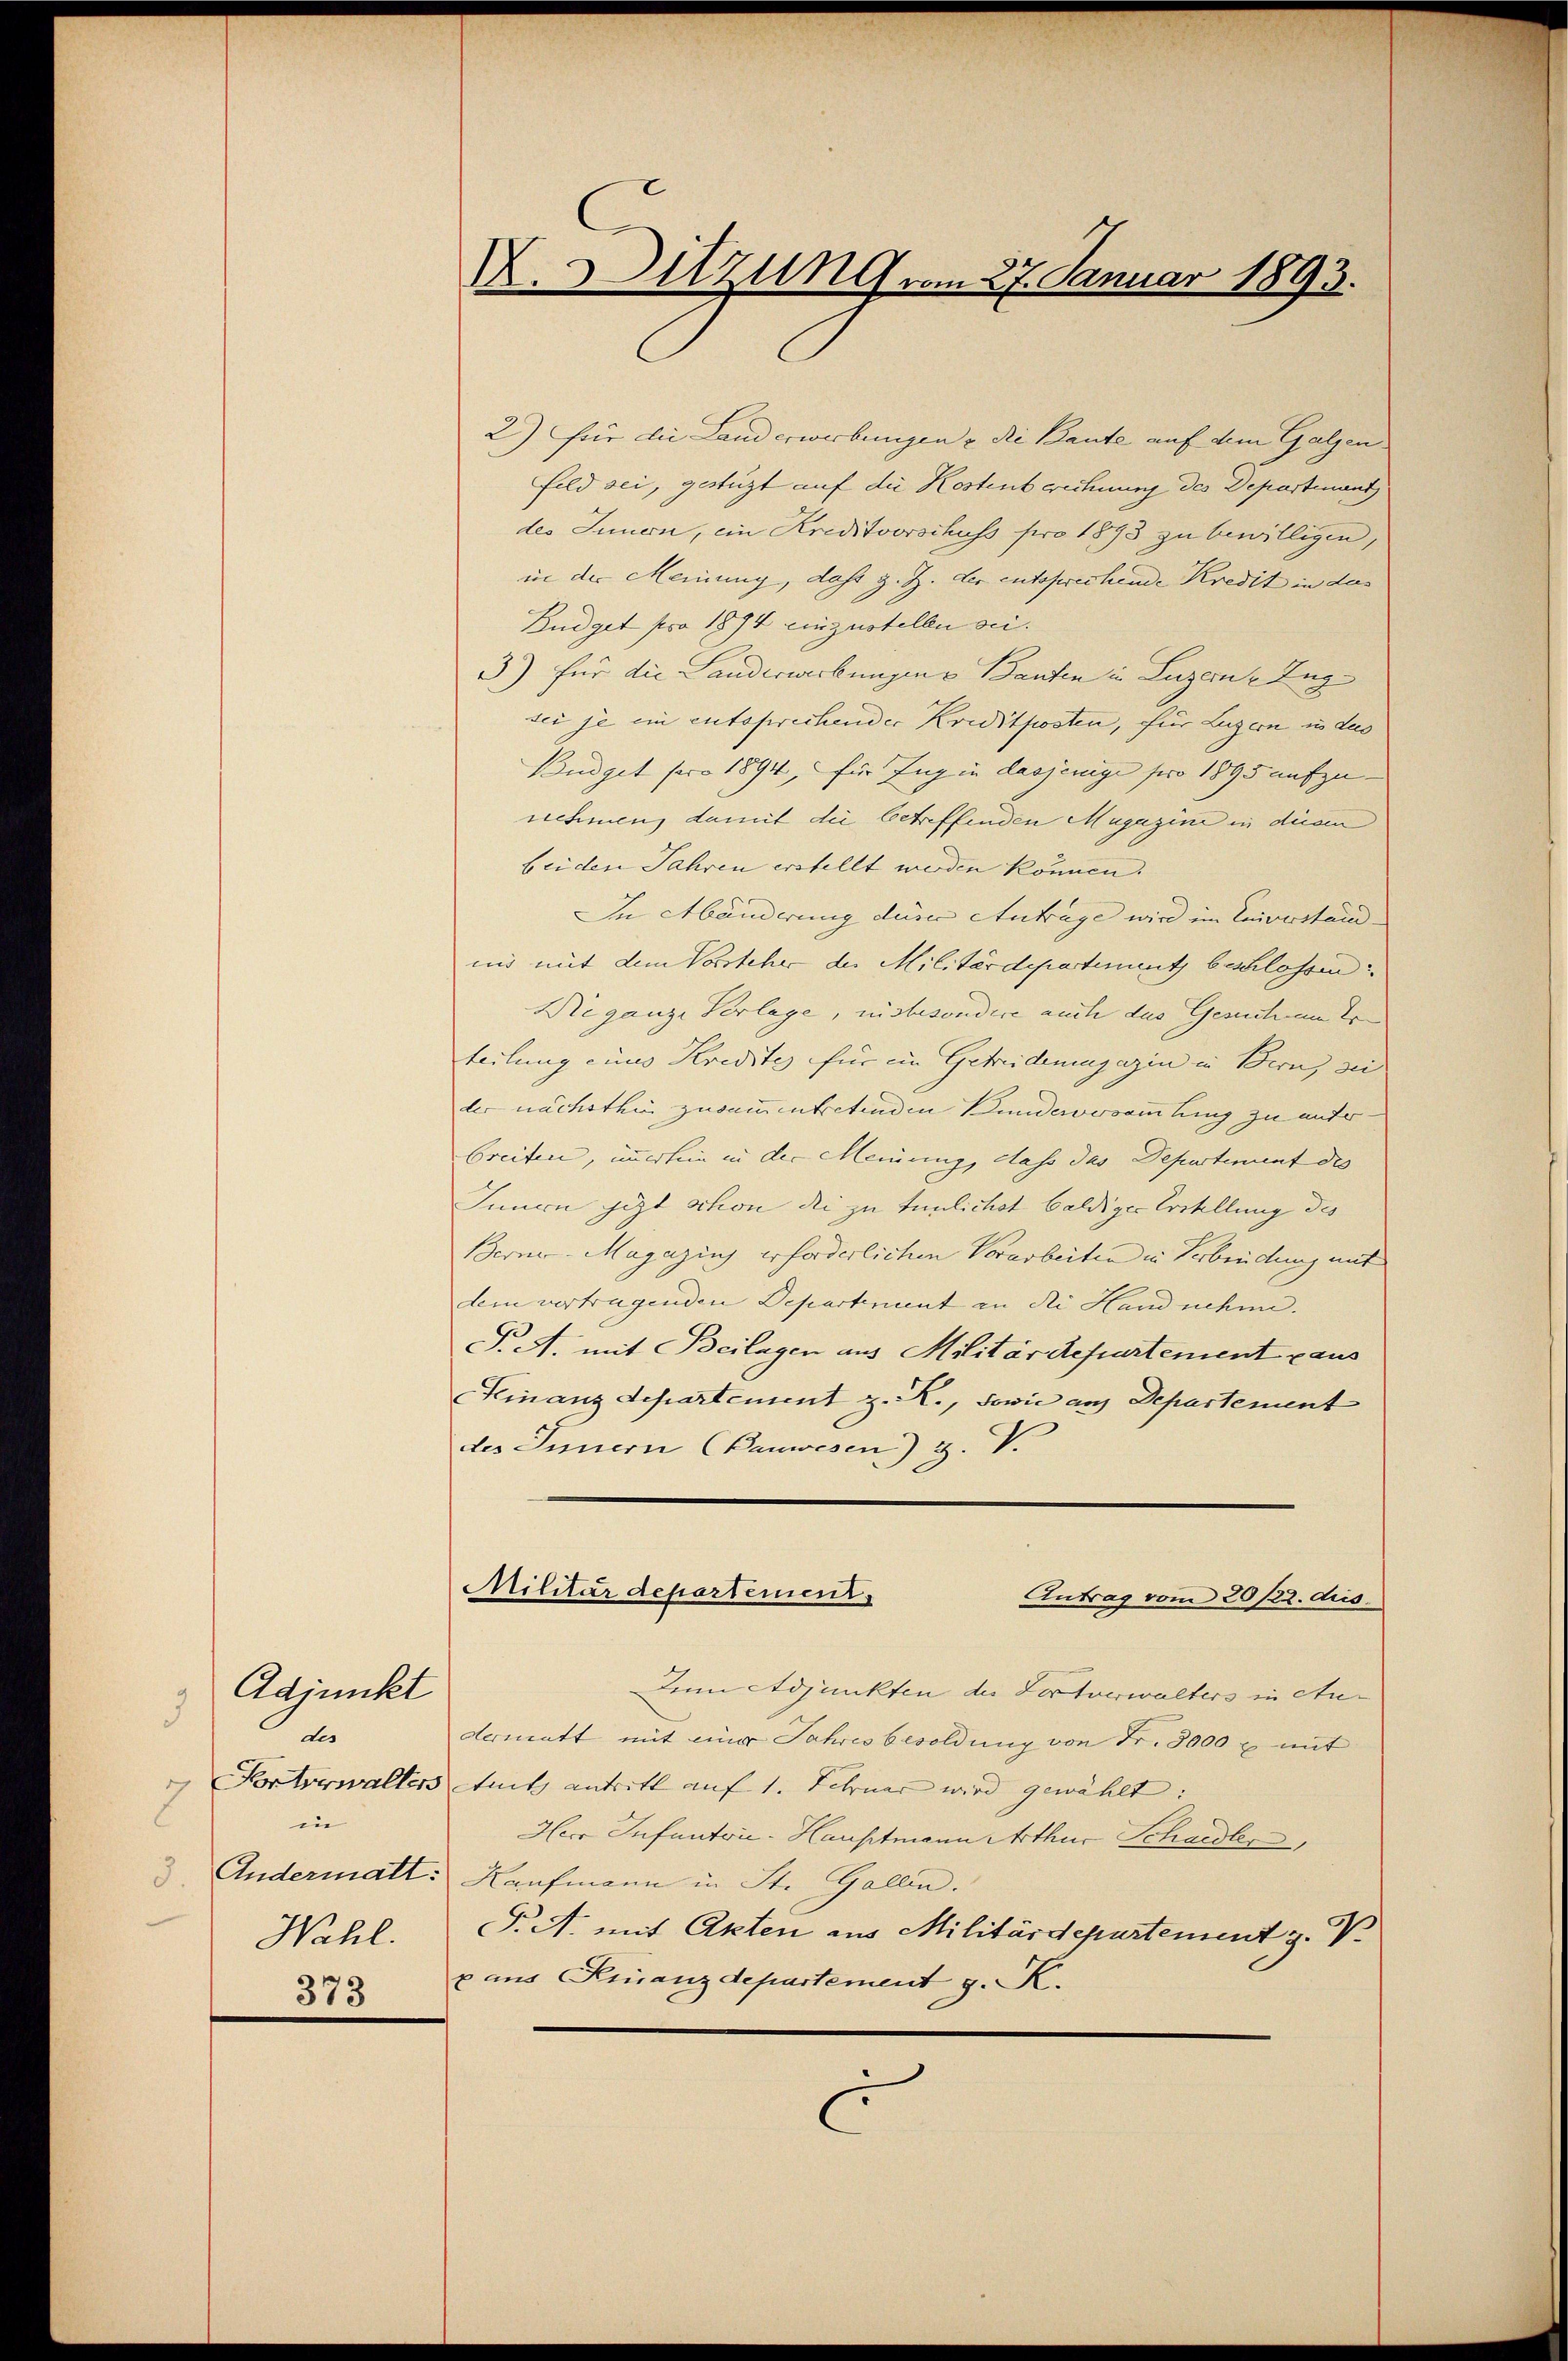
Adjunkt
3
des
.
in
Andermalt:
5
Wahl.
373

X. Sitzung vom 27. Januar 1893.

2) Für die Landerwerbungen u. die Baute auf dem Galzenfild sei, gestüzt auf die Kostenberechnung des Departement
des Innern, ein Kreditverschuss pro 1893 zu bewilligen,
in der Meinung, dass z. Z. der entsprechende Kredit in das
Budget pro 1894 einzustelle sei.
3) für die Landerwerbungen u Bauten in Luzern, Zugsei je ein entsprichender Kreditposten, für Luzern in des
Budget sero 1894, für Zug in dasjenige pro 1895 aufzu-
nehmen, damit die betreffenden Magazine in diesen
beiden Jahren erstellt werden können.
In Abänderung deser Antrage wird im Einverstein
uis mit dem Vorsteher der Militärdepartiment beschlossen:
Die ganze Verlage, insbesondere auch das Gesuche Erteilung eines Kredites für im Getreidenmagazin in Bern, sei
der nächsthin zusammentretenden Bundersammlung zu unter
breiten, immerhin in der Meinung, dass das Departement des
Innern jezt schon die zu tunlichst baldiger Erstellung des
Berner Magazins erforderlichen Vorarbeiten in Verbindung mit
dem vertragenden Departement in die Hand nehme.
P.A. mit Beilagen aus Militär Repartement caus
Finanz Departement z. R., sowie aus Departement
des Innern (Vanwesen) 3. V.
Militärdepartement
Antrag vom 20/22. dies.
denn Adjunkten der Zeitverwalters in Audermatt mit einer Jahres besoldung von Fr. 3000 x mit
Prtverwalters Stutz antritt auf 1. Februar wird gewählt:
Herr Infantvie-Hauptmann Arthur Schaidler,
Kaufmann in St. Gallen.
F. A. mit Akten aus Militärdepartement z. V.
p aus Finanzdepartement g. K.
.
.